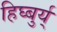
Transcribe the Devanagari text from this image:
हिघ्बुर्य्